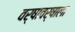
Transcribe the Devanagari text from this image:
वर्षावर्षाला